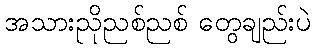
အသားညိုညစ်ညစ် တွေချည်းပဲ